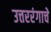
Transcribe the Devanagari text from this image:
उत्तररंगाचे